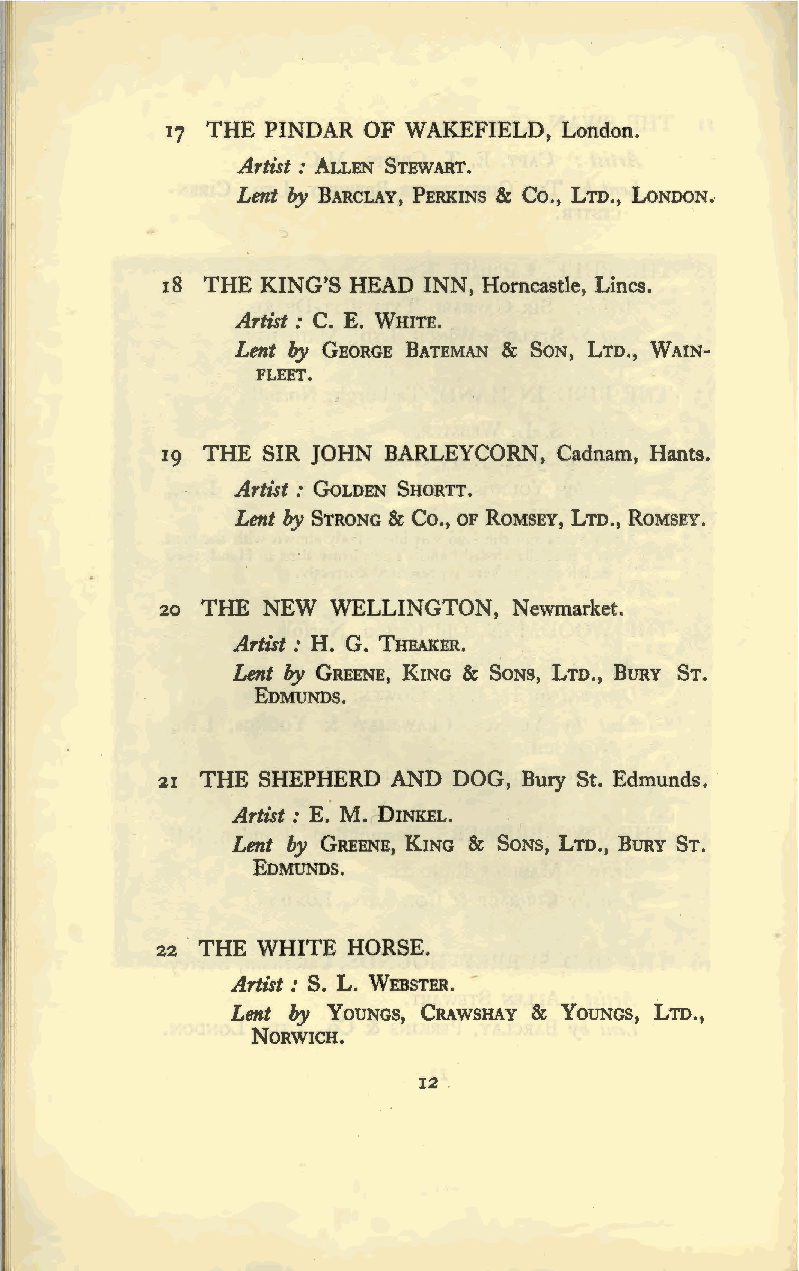
17 THE PINDAR OF WAKEFIELD, London.
 Artist : ALLEN STEWA RT.
 Lent by BARCLAY, PERKINS & Co., LTD., LONDON.
 18 THE KING'S HEAD INN, Horncastle, Lines.
 Artist : C. E. WHITE.
 Lent by GEORGE BATEMAN & SoN, LTD., WAIN
 FLEET.
 19 THE SIR JOHN BARLEYCORN, Cadnam, Hants.
 Artist : GOLDEN SHORTT.
 Lent by STRONG & Co., OF RoMSEY, LTD., RoMSEY.
 20 THE NEW WELLINGTON, Newmarket.
 Artist : H. G. THEAKER.
 Lent by GREENE, KING & SONS, LTD., BURY ST.
 EDMUNDS.
 21 THE SHEPHERD AND DOG, Bury St. Edmunds. ·
 Artist: E. M. DINKEL.
 Lent by GREENE, KING & SoNs, LTD., BURY ST.
 EDMUNDS.
 22 THE WHITE HORSE.
 Artist : S. L. WEBSTER.
 Lent by YOUNGS, CRAWSHAY & YOUNGS, LTD.,
 NORWICH.
 12 .